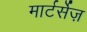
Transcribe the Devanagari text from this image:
मार्टर्सेज़